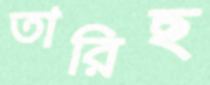
তারিছ